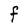
Character: F